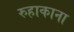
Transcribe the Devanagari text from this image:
रुहाकाना